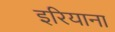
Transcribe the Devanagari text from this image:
इरियाना